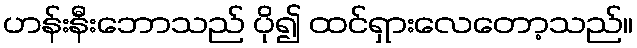
ဟန်းနီးဘောသည် ပို၍ ထင်ရှားလေတော့သည်။